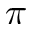
\pi